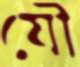
যৌ